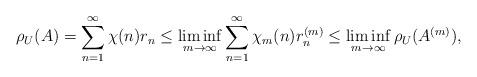
LaTeX: \begin{align*}\rho_U(A)=\sum_{n=1}^\infty\chi(n)r_n\leq\liminf_{m\to\infty}\sum_{n=1}^\infty\chi_m(n)r_n^{(m)}\leq\liminf_{m\to\infty}\rho_U(A^{(m)}),\end{align*}